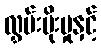
လွှမ်းမိုးမှုနှင့်